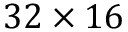
3 2 \times 1 6